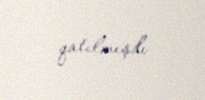
qatılmışdı.